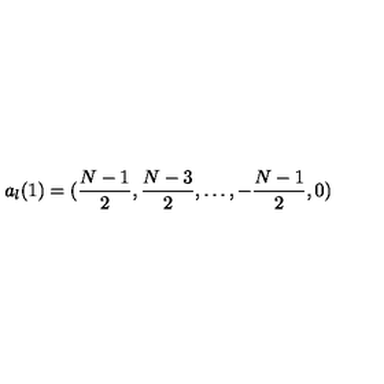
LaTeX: a _ { l } ( 1 ) = ( { \frac { N - 1 } { 2 } } , { \frac { N - 3 } { 2 } } , \dots , - { \frac { N - 1 } { 2 } } , 0 )